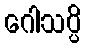
ဂေါသပ္ပိ